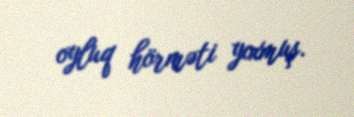
oyluq hörməti yoxmuş.